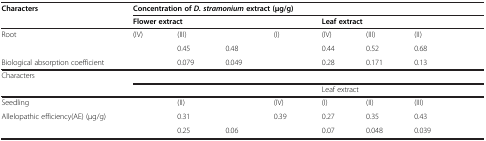
<table><thead><tr><td rowspan="2"><b>Characters</b></td><td colspan="8"><b>Concentration of<i>D. stramonium</i>extract (μg/g)</b></td></tr><tr><td colspan="4"><b>Flower extract</b></td><td colspan="4"><b>Leaf extract</b></td></tr></thead><tbody><tr><td>Root</td><td>(IV)</td><td>(III)</td><td>[EMPTY_CELL]</td><td>(I)</td><td>(IV)</td><td>(III)</td><td>(II)</td><td>[EMPTY_CELL]</td></tr><tr><td>[EMPTY_CELL]</td><td>[EMPTY_CELL]</td><td>0.45</td><td>0.48</td><td>[EMPTY_CELL]</td><td>0.44</td><td>0.52</td><td>0.68</td><td>[EMPTY_CELL]</td></tr><tr><td>Biological absorption coefficient</td><td>[EMPTY_CELL]</td><td>0.079</td><td>0.049</td><td>[EMPTY_CELL]</td><td>0.28</td><td>0.171</td><td>0.13</td><td>[EMPTY_CELL]</td></tr><tr><td rowspan="2">Characters</td><td colspan="8">[EMPTY_CELL]</td></tr><tr><td>[EMPTY_CELL]</td><td colspan="4">[EMPTY_CELL]</td><td colspan="4">Leaf extract</td></tr><tr><td>Seedling</td><td>[EMPTY_CELL]</td><td>(II)</td><td>[EMPTY_CELL]</td><td>(IV)</td><td>(I)</td><td>(II)</td><td>(III)</td><td>[EMPTY_CELL]</td><td>[EMPTY_CELL]</td></tr><tr><td>Allelopathic efficiency(AE) (μg/g)</td><td>[EMPTY_CELL]</td><td>0.31</td><td>[EMPTY_CELL]</td><td>0.39</td><td>0.27</td><td>0.35</td><td>0.43</td><td>[EMPTY_CELL]</td><td>[EMPTY_CELL]</td></tr><tr><td>[EMPTY_CELL]</td><td>[EMPTY_CELL]</td><td>0.25</td><td>0.06</td><td>[EMPTY_CELL]</td><td>0.07</td><td>0.048</td><td>0.039</td><td>[EMPTY_CELL]</td><td>[EMPTY_CELL]</td></tr></tbody></table>